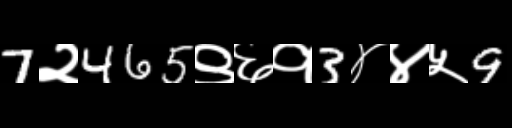
Text: 7२465९६१3४४५9